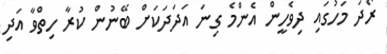
ރޯދަ މަހުގައި ދިވެހީން އެންމެ ގިނަ އަދަދަކަށް ބޭނުން ކުރާ ހިތްވާ އަދި